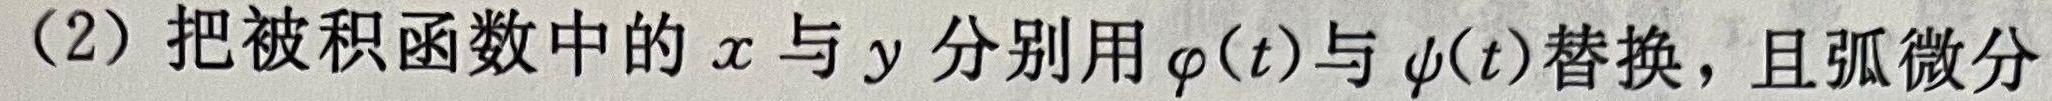
(2) 把被积函数中的$x$与$y$分别用$\varphi(t)$与$\psi(t)$替换，且弧微分